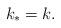
LaTeX: \begin{align*} k_\ast = k. \end{align*}